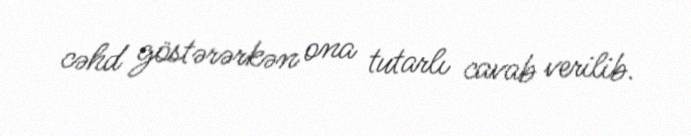
cəhd göstərərkən ona tutarlı cavab verilib.